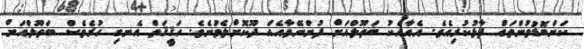
ކަންބޮޑުވުންތައް ފާޅުކުރިއެވެ. އެއާއެކު ބަތޫލްއަށް ފުންނޭވާއެއް ދޫކޮށްލެވުނެވެ. ހަޤީޤަތް އެނގި ހުރެވެސް ބަތޫލްއަށް